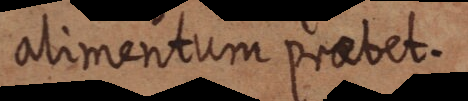
alimentum praebet.